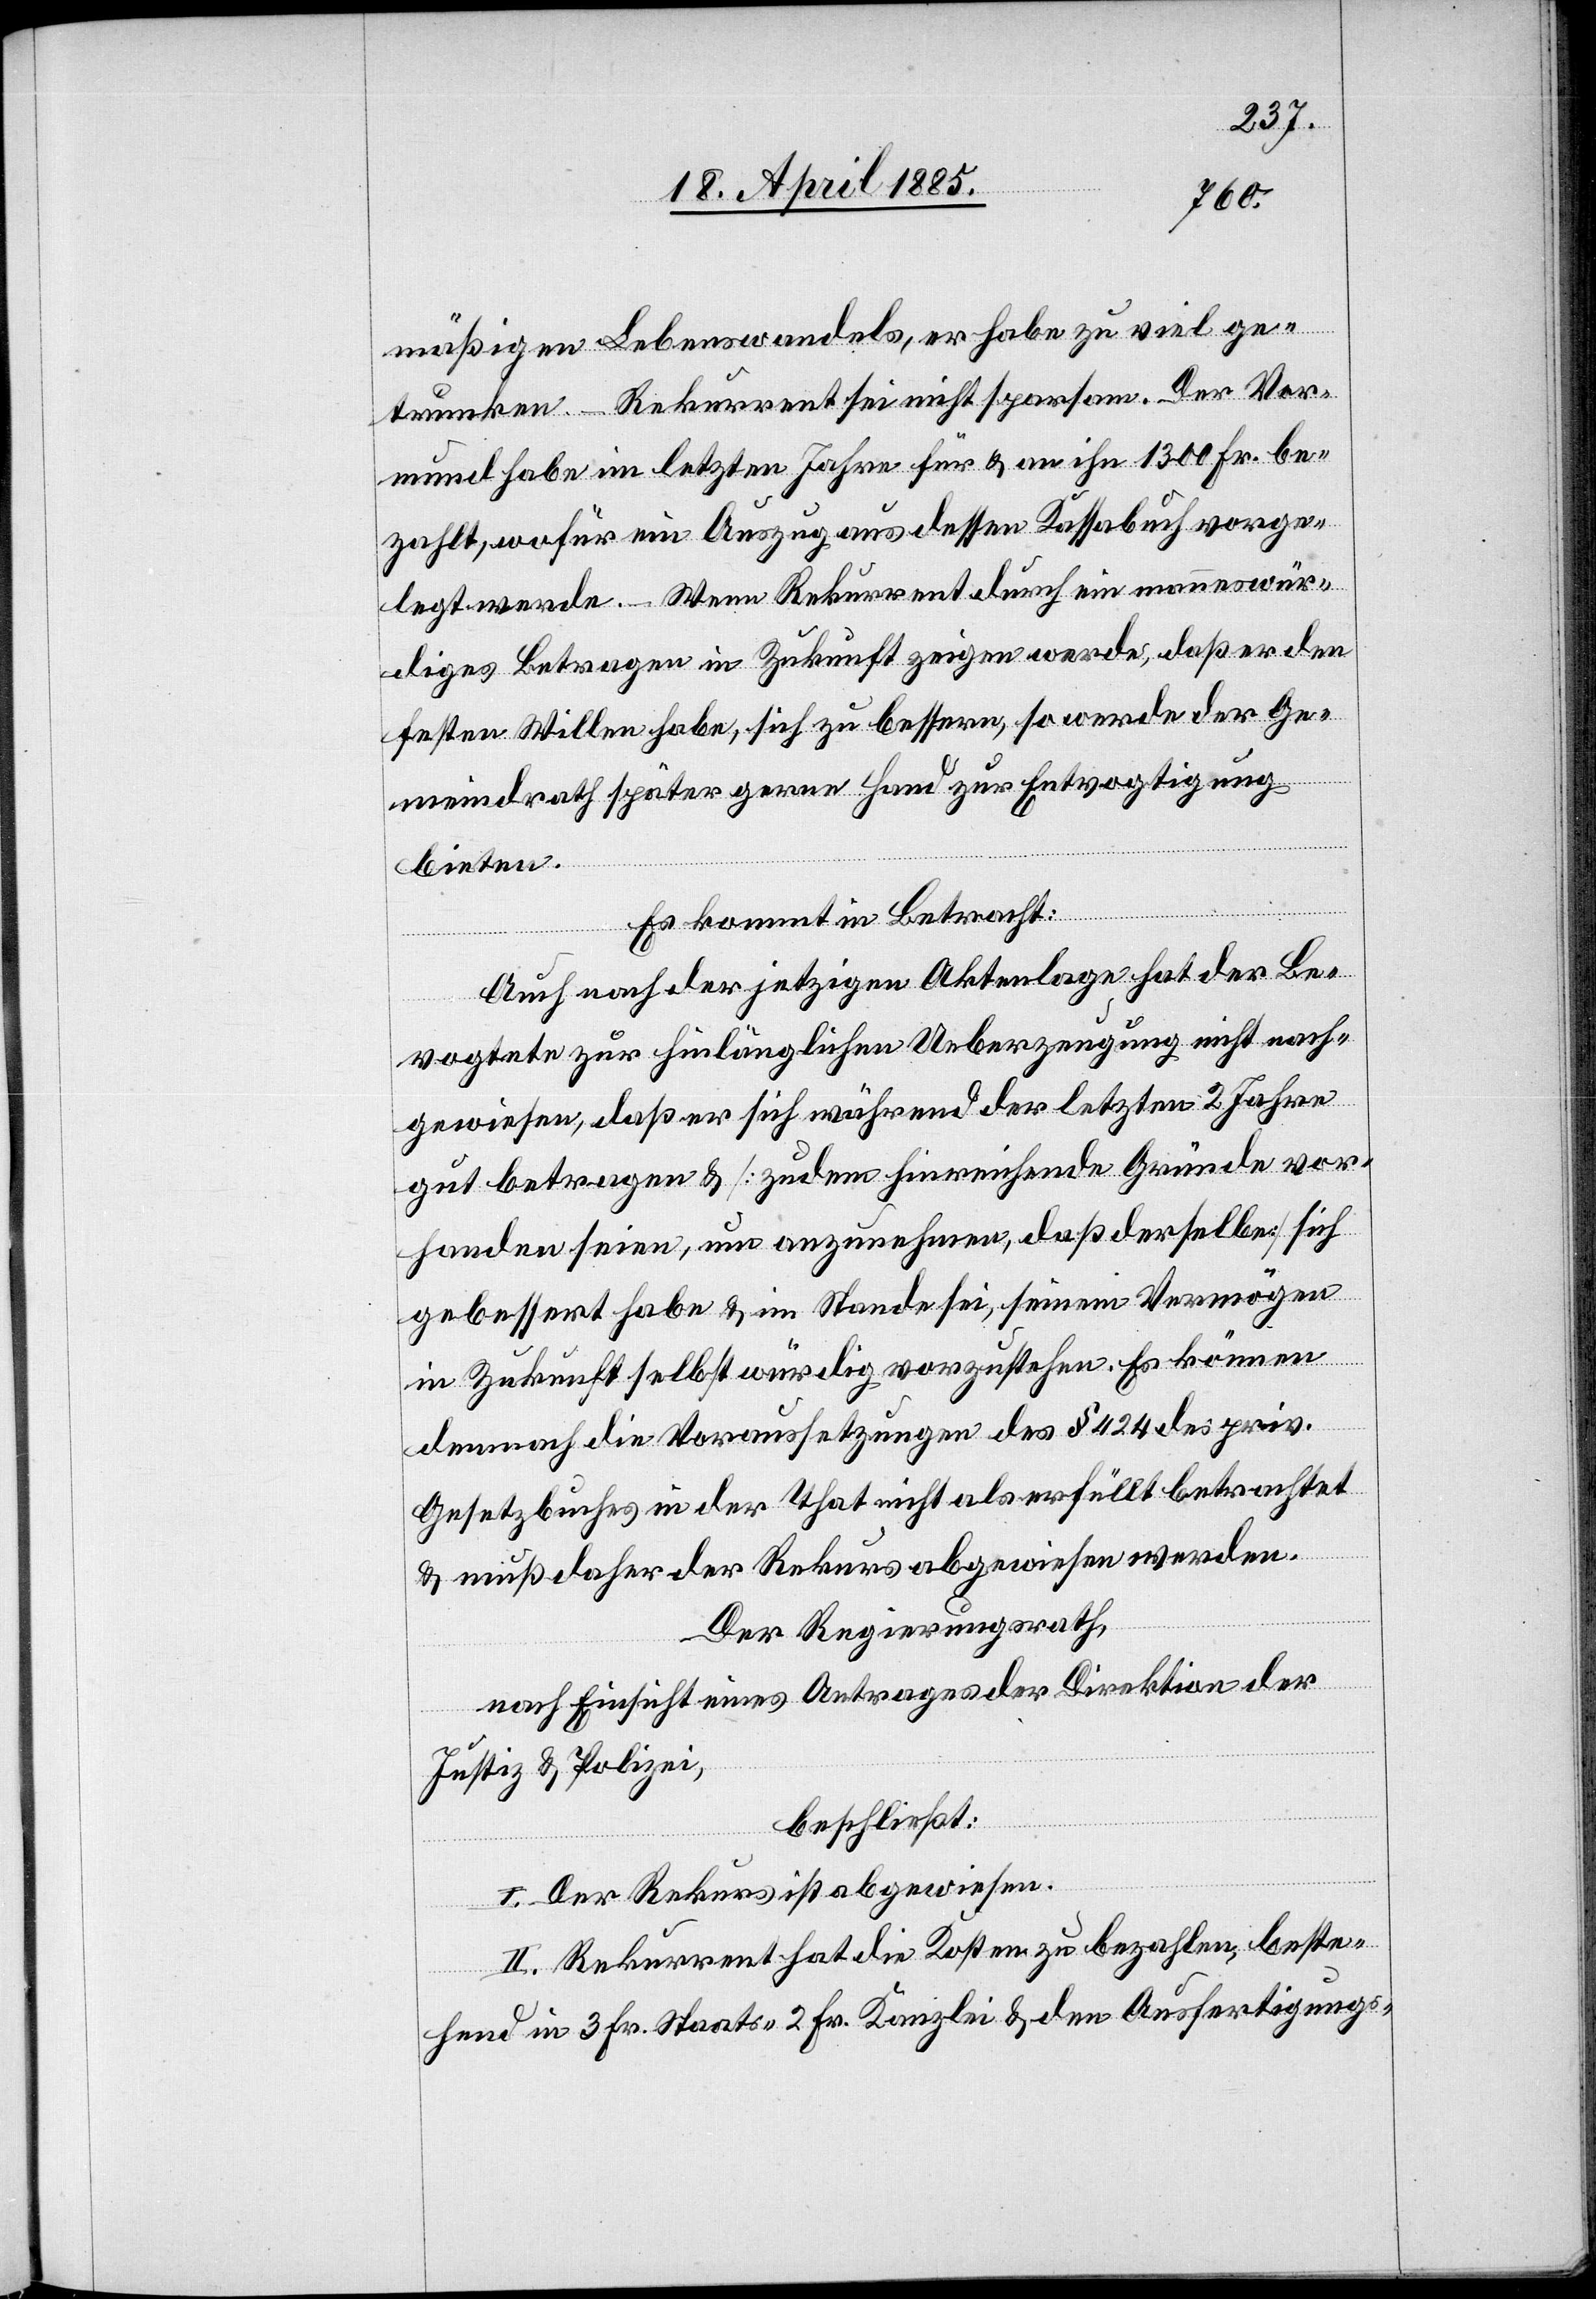
mäßigen Lebenswandels, er habe zu viel ge¬
trunken. – Rekurrent sei nicht sparsam. Der Vor¬
mund habe im letzten Jahre für & an ihn 1300 Fr. be¬
zahlt, wofür ein Auszug aus dessen Kassabuch vorge¬
legt werde.– Wenn Rekurrent durch ein manneswür¬
diges Betragen in Zukunft zeigen werde, daß er den
festen Willen habe, sich zu bessern, so werde der Ge¬
meindrath später gerne Hand zur Entvogtigung
bieten.
Es kommt in Betracht:
Auch nach der jetzigen Aktenlage hat der Be¬
vogtete zur hinlänglichen Ueberzeugung nicht nach¬
gewiesen, daß er sich während der letzten 2 Jahre
gut betragen & [zudem hinreichende Gründe vor¬
handen seien, um anzunehmen, daß derselbe] sich
gebessert habe & im Stande sei, seinem Vermögen
in Zukunft selbst würdig vorzustehen. Es können
demnach die Voraussetzungen des § 424 des priv.
Gesetzbuches in der That nicht als erfüllt betrachtet
& muß daher der Rekurs abgewiesen werden.
Der Regierungsrath,
nach Einsicht eines Antrages der Direktion der
Justiz & Polizei,
beschließt:
I. Der Rekurs ist abgewiesen.
II. Rekurrent hat die Kosten zu bezahlen, beste¬
hend in 3 Fr. Staats-[,] 2 Fr. Kanzlei[-] & den Ausfertigungs-